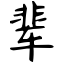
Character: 辈